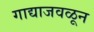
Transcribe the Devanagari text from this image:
गाद्याजवळून